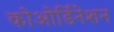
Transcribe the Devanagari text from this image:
कोओर्डिनेशन